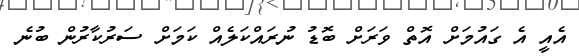
އެއީ އެ ގައުމަށް އޮތް ވަރަށް ބޮޑު ނުރައްކަލެއް ކަމަށް ސަރުކާރުން ބުނެ